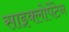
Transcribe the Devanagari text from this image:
साइक्लोपेंटेन